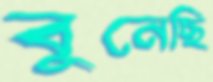
বুনেছি